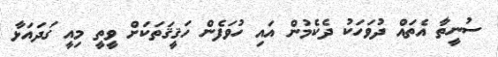
ސުނީތާ އެތައް ދުވަހަކު ދެކެމުން އައި ހުވަފެން ހަޤީޤަތަކަށް ވީތީ މިއީ ގަދައަޅާ